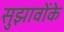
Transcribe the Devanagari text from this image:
सुझावोंके